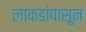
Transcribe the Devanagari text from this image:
लाकडांपासून